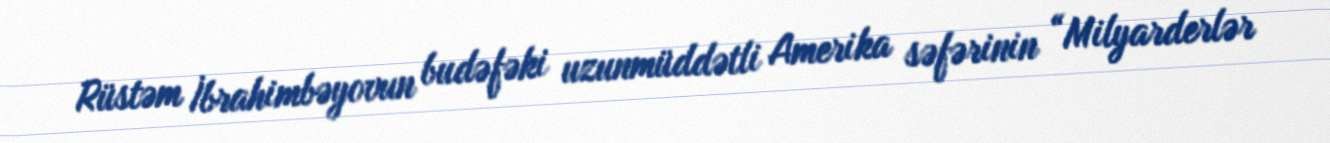
Rüstəm İbrahimbəyovun budəfəki uzunmüddətli Amerika səfərinin “Milyarderlər